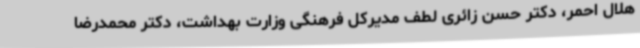
هلال احمر، دکتر حسن زائری لطف مدیرکل فرهنگی وزارت بهداشت، دکتر محمدرضا